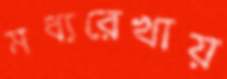
মধ্যরেখায়